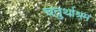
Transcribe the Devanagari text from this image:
चतुर्थाश्रम